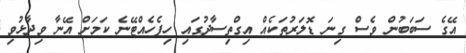
އޭގެ ސަބަބުން ވެސް ގިނަ ޑޮލަރުތަކެއް އިގްތިސާދުގައި ހިފެހެއްޓޭނެ ކަމަށް އޭނާ ވިދާޅުވި